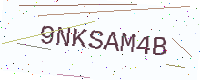
Text: 9NKSAM4B